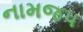
નામજપ